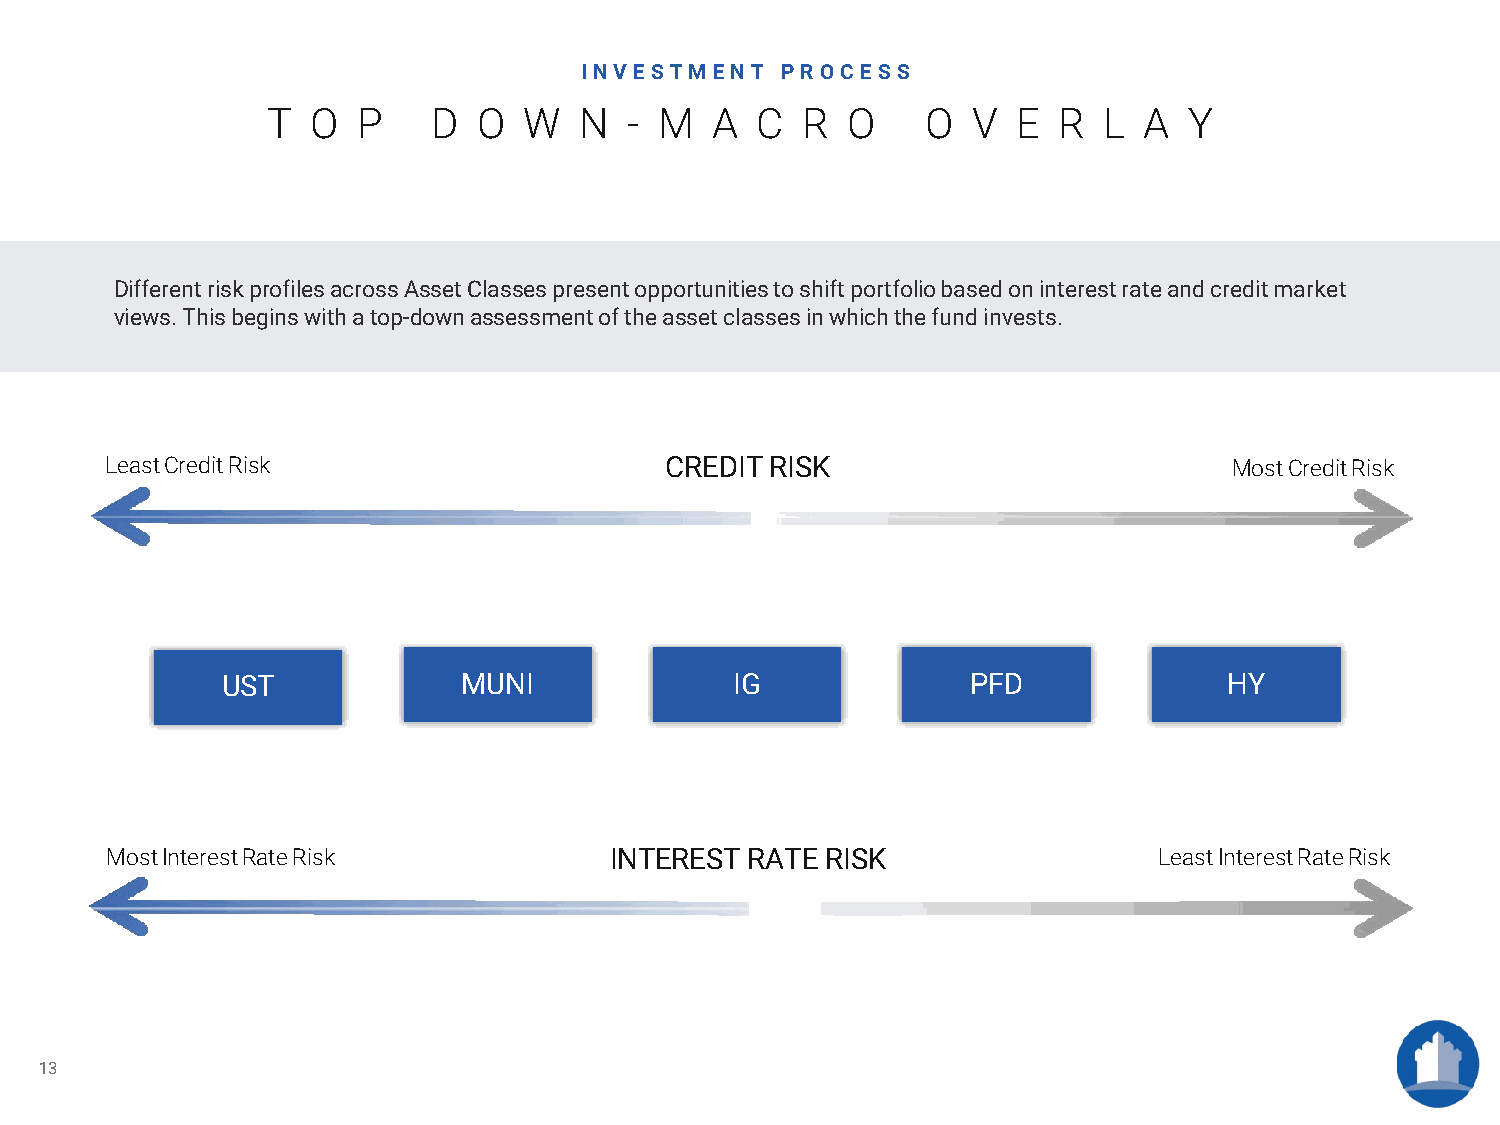
INVESTM  ENT  P R OCE SS
 T  O  P    D  O  W  N   - M  A  C  R  O    O  V  E  R  L  A  Y
 Different risk profiles across Asset Classes present opportunities to shift portfolio based on interest rate and credit market
 views. This begins with a top-down assessment of the asset classes in which the fund invests.
 LeastCreditRisk                      CREDITRISK                            MostCreditRisk
 UST             MUNI              IG             PFD              HY
 MostInterestRateRisk             INTEREST RATE  RISK                  LeastInterestRateRisk
 13